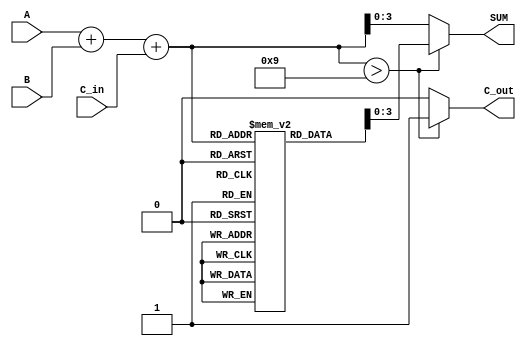
module BCD_LUT_Adder (
    input  [3:0] A,       // 4-bit BCD input A
    input  [3:0] B,       // 4-bit BCD input B
    input        C_in,     // Carry-in
    output [3:0] SUM,      // 4-bit BCD output SUM
    output       C_out     // Carry-out
);

    wire [4:0] TEMP_SUM;   // 5-bit temporary sum
    reg  [4:0] LUT [0:19]; // Look-Up Table for BCD correction
    wire [4:0] LUT_OUT;     // LUT output

    // Initializing the LUT with pre-computed BCD values
    initial begin
        LUT[0]  = 5'b00000; //  0 -> 0
        LUT[1]  = 5'b00001; //  1 -> 1
        LUT[2]  = 5'b00010; //  2 -> 2
        LUT[3]  = 5'b00011; //  3 -> 3
        LUT[4]  = 5'b00100; //  4 -> 4
        LUT[5]  = 5'b00101; //  5 -> 5
        LUT[6]  = 5'b00110; //  6 -> 6
        LUT[7]  = 5'b00111; //  7 -> 7
        LUT[8]  = 5'b01000; //  8 -> 8
        LUT[9]  = 5'b01001; //  9 -> 9
        LUT[10] = 5'b01010; // 10 -> 0 (C_out = 1)
        LUT[11] = 5'b01011; // 11 -> 1 (C_out = 1)
        LUT[12] = 5'b01100; // 12 -> 2 (C_out = 1)
        LUT[13] = 5'b01101; // 13 -> 3 (C_out = 1)
        LUT[14] = 5'b01110; // 14 -> 4 (C_out = 1)
        LUT[15] = 5'b01111; // 15 -> 5 (C_out = 1)
        LUT[16] = 5'b10000; // 16 -> 6 (C_out = 1)
        LUT[17] = 5'b10001; // 17 -> 7 (C_out = 1)
        LUT[18] = 5'b10010; // 18 -> 8 (C_out = 1)
        LUT[19] = 5'b10011; // 19 -> 9 (C_out = 1)
    end

    // Step 1: Perform binary addition of A, B and C_in
    assign TEMP_SUM = A + B + C_in;

    // Step 2: Use LUT to get the BCD result
    assign LUT_OUT = (TEMP_SUM > 9) ? LUT[TEMP_SUM] : {1'b0, TEMP_SUM};

    // Assign the correct BCD output and carry out
    assign SUM = LUT_OUT[3:0];  // BCD output
    assign C_out = (TEMP_SUM > 9) ? 1'b1 : 1'b0; // Carry-out flag

endmodule